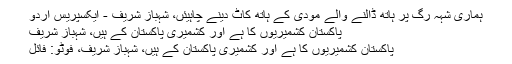
ہماری شہہ رگ پر ہاتھ ڈالنے والے مودی کے ہاتھ کاٹ دینے چاہیئں، شہباز شریف - ایکسپریس اردو
پاکستان کشمیریوں کا ہے اور کشمیری پاکستان کے ہیں، شہباز شریف
پاکستان کشمیریوں کا ہے اور کشمیری پاکستان کے ہیں، شہباز شریف، فوٹو: فائل